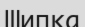
Шипка